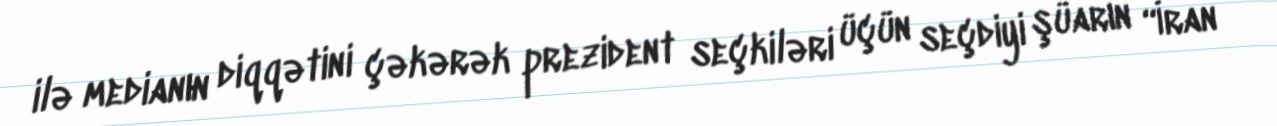
ilə medianın diqqətini çəkərək prezident seçkiləri üçün seçdiyi şüarın “İran